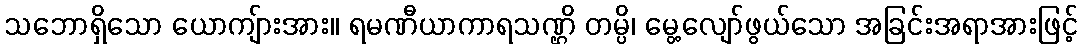
သဘောရှိသော ယောကျ်ားအား။ ရမဏီယာကာရသဏ္ဌိ တမ္ပိ၊ မွေ့လျော်ဖွယ်သော အခြင်းအရာအားဖြင့်